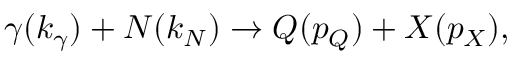
\gamma ( k _ { \gamma } ) + N ( k _ { N } ) \rightarrow Q ( p _ { Q } ) + X ( p _ { X } ) ,